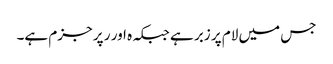
جس میں لام پر زبر ہے جبکہ ہ اور ر پر جزم ہے۔